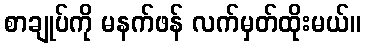
စာချုပ်ကို မနက်ဖန် လက်မှတ်ထိုးမယ်။